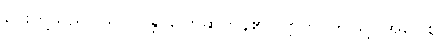
မင်းတို့သည်။ သလ္လပန္တိ၊ ပြောဆိုကုန်၏။ ဣတိ၊ ဤသို့။ အဝေါစ၊